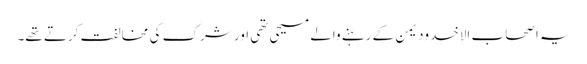
یہ اصحاب الاخدودیمن کے رہنے والے مسیحی تھی اور شرک کی مخالفت کرتے تھے۔